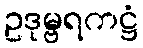
ဥဒုမ္ဗရကဋ္ဌံ